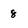
Character: 8